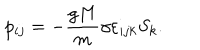
LaTeX: p _ { i j } = - \frac { g M } { m } \gamma \varepsilon _ { i j k } S _ { k } .